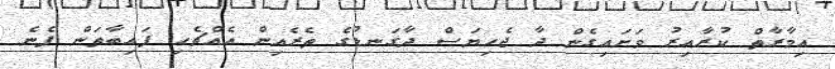
އިމާރާތް ކުރާއިރު ވަށައިގެން ދާ ޖެހިޔަސް ދާގަނޑުގެ ތެރެއިން އެއްޗެހި ފައިބާތަން ފެނެ